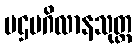
ပဌမဂိလာနသုတ္တ